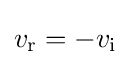
v_{\mathrm {r} }=-v_{\mathrm {i} }\,\!